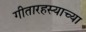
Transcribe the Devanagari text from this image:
गीतारहस्याच्या